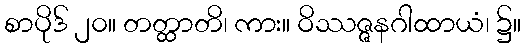
စာပိုဒ် ၂၀။ တတ္ထာတိ၊ ကား။ ဝိဿဇ္ဇနဂါထာယံ၊ ၌။